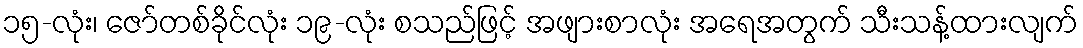
၁၅-လုံး၊ ဇော်တစ်ခိုင်လုံး ၁၉-လုံး စသည်ဖြင့် အဖျားစာလုံး အရေအတွက် သီးသန့်ထားလျက်